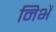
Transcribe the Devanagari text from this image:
निभें